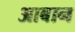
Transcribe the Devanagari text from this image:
आबान